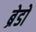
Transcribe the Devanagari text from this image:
ब्रेडों